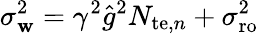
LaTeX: \sigma_{\mathbf{w}}^{2}=\gamma^{2}\hat{{g}}^{2}N_{\mathrm{{te}},n}+\sigma_{\mathrm{{ro}}}^{2}